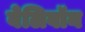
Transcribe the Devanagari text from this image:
बेलिवॉन